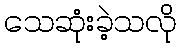
သေဆုံးခဲ့သလို